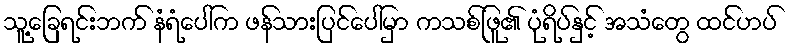
သူ့ခြေရင်းဘက် နံရံပေါ်က ဖန်သားပြင်ပေါ်မှာ ကသစ်ဖြူ၏ ပုံရိပ်နှင့် အသံတွေ ထင်ဟပ်